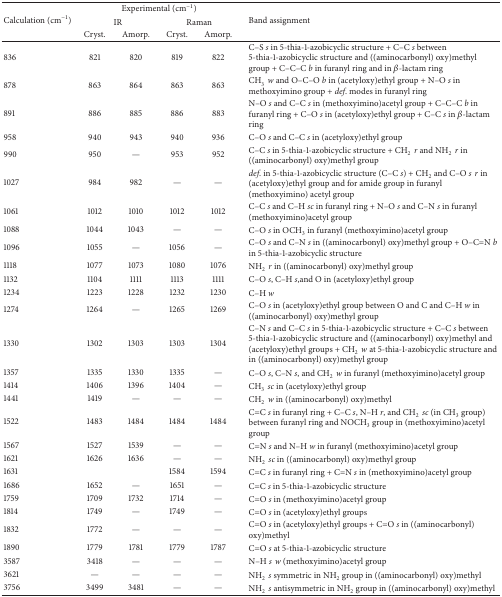
<table><thead><tr><td rowspan="3"><b>Calculation (cm<sup>−1</sup>)</b></td><td colspan="4"><b>Experimental (cm<sup>−1</sup>)</b></td><td rowspan="3"><b>Band assignment</b></td></tr><tr><td colspan="2"><b>IR</b></td><td colspan="2"><b>Raman</b></td></tr><tr><td><b>Cryst.</b></td><td><b>Amorp.</b></td><td><b>Cryst.</b></td><td><b>Amorp.</b></td></tr></thead><tbody><tr><td>836</td><td>821</td><td>820</td><td>819</td><td>822</td><td>C–S <i>s</i> in 5-thia-1-azobicyclic structure + C–C <i>s</i> between 5-thia-1-azobicyclic structure and ((aminocarbonyl) oxy)methyl group + C–C–C <i>b</i> in furanyl ring and in β-lactam ring</td></tr><tr><td>878</td><td>863</td><td>864</td><td>863</td><td>863</td><td>CH<sub>3</sub><i>w</i> and O–C–O <i>b</i> in (acetyloxy)ethyl group + N–O <i>s</i> in methoxyimino group + <i>def</i>. modes in furanyl ring</td></tr><tr><td>891</td><td>886</td><td>885</td><td>886</td><td>883</td><td>N–O <i>s</i> and C–C <i>s</i> in (methoxyimino)acetyl group + C–C–C <i>b</i> in furanyl ring + C–O <i>s</i> in (acetyloxy)ethyl group + C–C <i>s</i> in β-lactam ring</td></tr><tr><td>958</td><td>940</td><td>943</td><td>940</td><td>936</td><td>C–O <i>s</i> and C–C <i>s</i> in (acetyloxy)ethyl group </td></tr><tr><td>990</td><td>950</td><td>—</td><td>953</td><td>952</td><td>C–C <i>s</i> in 5-thia-1-azobicyclic structure + CH<sub>2</sub><i>r</i> and NH<sub>2</sub><i>r</i> in ((aminocarbonyl) oxy)methyl group</td></tr><tr><td>1027</td><td>984</td><td>982</td><td>—</td><td>—</td><td><i>def</i>. in 5-thia-1-azobicyclic structure (C–C <i>s</i>) + CH<sub>2</sub> and C–O <i>sr</i> in (acetyloxy)ethyl group and for amide group in furanyl (methoxyimino) acetyl group</td></tr><tr><td>1061</td><td>1012</td><td>1010</td><td>1012</td><td>1012</td><td>C–C <i>s</i> and C–H <i>sc</i> in furanyl ring + N–O <i>s</i> and C–N <i>s</i> in furanyl (methoxyimino)acetyl group</td></tr><tr><td>1088</td><td>1044</td><td>1043</td><td>—</td><td>—</td><td>C–O <i>s</i> in OCH<sub>3</sub> in furanyl (methoxyimino)acetyl group</td></tr><tr><td>1096</td><td>1055</td><td>—</td><td>1056</td><td>—</td><td>C–O <i>s</i> and C–N <i>s</i> in ((aminocarbonyl) oxy)methyl group + O–C=N <i>b</i> in 5-thia-1-azobicyclic structure</td></tr><tr><td>1118</td><td>1077</td><td>1073</td><td>1080</td><td>1076</td><td>NH<sub>2</sub><i>r</i> in ((aminocarbonyl) oxy)methyl group</td></tr><tr><td>1132</td><td>1104</td><td>1111</td><td>1113</td><td>1111</td><td>C–O <i>s</i>, C–H <i>s</i>,and O in (acetyloxy)ethyl group</td></tr><tr><td>1234</td><td>1223</td><td>1228</td><td>1232</td><td>1230</td><td>C–H <i>w </i></td></tr><tr><td>1274</td><td>1264</td><td>—</td><td>1265</td><td>1269</td><td>C–O <i>s</i> in (acetyloxy)ethyl group between O and C and C–H <i>w</i> in ((aminocarbonyl) oxy)methyl group</td></tr><tr><td>1330</td><td>1302</td><td>1303</td><td>1303</td><td>1304</td><td>C–N <i>s</i> and C–C <i>s</i> in 5-thia-1-azobicyclic structure + C–C <i>s</i> between 5-thia-1-azobicyclic structure and ((aminocarbonyl) oxy)methyl and (acetyloxy)ethyl groups + CH<sub>2</sub><i>w</i> at 5-thia-1-azobicyclic structure and in ((aminocarbonyl) oxy)methyl group</td></tr><tr><td>1357</td><td>1335</td><td>1330</td><td>1335</td><td>—</td><td>C–O <i>s</i>, C–N <i>s</i>, and CH<sub>2</sub><i>w</i> in furanyl (methoxyimino)acetyl group </td></tr><tr><td>1414</td><td>1406</td><td>1396</td><td>1404</td><td>—</td><td>CH<sub>3</sub><i>sc</i> in (acetyloxy)ethyl group</td></tr><tr><td>1441</td><td>1419</td><td>—</td><td>—</td><td>—</td><td>CH<sub>2</sub><i>w</i> in ((aminocarbonyl) oxy)methyl</td></tr><tr><td>1522</td><td>1483</td><td>1484</td><td>1484</td><td>1484</td><td>C=C <i>s</i> in furanyl ring + C–C <i>s</i>, N–H <i>r</i>, and CH<sub>2</sub><i>sc</i> (in CH<sub>3</sub> group) between furanyl ring and NOCH<sub>3</sub> group in (methoxyimino)acetyl group </td></tr><tr><td>1567</td><td>1527</td><td>1539</td><td>—</td><td>—</td><td>C=N <i>s</i> and N–H <i>w</i> in furanyl (methoxyimino)acetyl group</td></tr><tr><td>1621</td><td>1626</td><td>1636</td><td>—</td><td>—</td><td>NH<sub>2</sub><i>sc</i> in ((aminocarbonyl) oxy)methyl group</td></tr><tr><td>1631</td><td> </td><td> </td><td>1584</td><td>1594</td><td>C=C <i>s</i> in furanyl ring + C=N <i>s</i> in (methoxyimino)acetyl group</td></tr><tr><td>1686</td><td>1652</td><td>—</td><td>1651</td><td>—</td><td>C=C <i>s</i> in 5-thia-1-azobicyclic structure</td></tr><tr><td>1759</td><td>1709</td><td>1732</td><td>1714</td><td>—</td><td>C=O <i>s</i> in (methoxyimino)acetyl group</td></tr><tr><td>1814</td><td>1749</td><td>—</td><td>1749</td><td>—</td><td>C=O <i>s</i> in (acetyloxy)ethyl groups</td></tr><tr><td>1832</td><td>1772</td><td>—</td><td>—</td><td>—</td><td>C=O <i>s</i> in (acetyloxy)ethyl groups + C=O <i>s</i> in ((aminocarbonyl) oxy)methyl</td></tr><tr><td>1890</td><td>1779</td><td>1781</td><td>1779</td><td>1787</td><td>C=O <i>s</i> at 5-thia-1-azobicyclic structure</td></tr><tr><td>3587</td><td>3418</td><td>—</td><td>—</td><td>—</td><td>N–H <i>sw</i> (methoxyimino)acetyl group</td></tr><tr><td>3621</td><td>—</td><td>—</td><td>—</td><td>—</td><td>NH<sub>2</sub><i>s</i> symmetric in NH<sub>2</sub> group in ((aminocarbonyl) oxy)methyl</td></tr><tr><td>3756</td><td>3499</td><td>3481</td><td>—</td><td>—</td><td>NH<sub>2</sub><i>s </i>antisymmetric in NH<sub>2</sub> group in ((aminocarbonyl) oxy)methyl</td></tr></tbody></table>